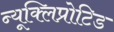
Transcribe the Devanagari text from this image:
न्यूक्लिप्रोटिड